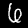
Digit: 6